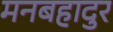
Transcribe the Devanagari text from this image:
मनबहादुर